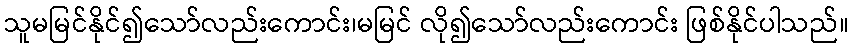
သူမမြင်နိုင်၍သော်လည်းကောင်း၊မမြင် လို၍သော်လည်းကောင်း ဖြစ်နိုင်ပါသည်။